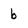
Character: b